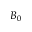
B _ { 0 }